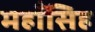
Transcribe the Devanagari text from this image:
महाँसिह